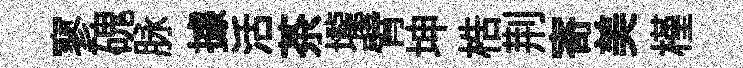
寥磈脉據活茶壠臂坤梏荆寄美槿